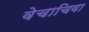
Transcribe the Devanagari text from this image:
वेचाचिवा